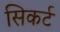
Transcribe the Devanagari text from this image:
सिकर्ट